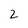
Character: 2